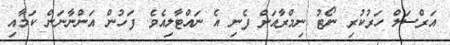
އަރްސަލް ހަރުކުރި ނޯޓު ނިމްރާއަށް ފެނި އެ ނައްޓާލިއެވެ. ފަހުން އަންނާނަން ކަމާއި